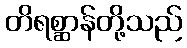
တိရစ္ဆာန်တို့သည်